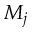
M _ { j }